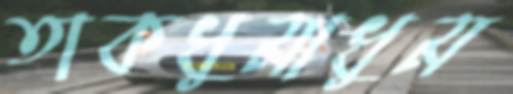
তাকধুমাধুম